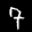
Label: 7